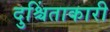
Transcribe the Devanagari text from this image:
दुश्चिंताकारी